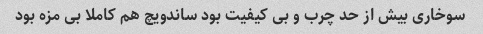
سوخاری بیش از حد چرب و بی کیفیت بود ساندویچ هم کاملا بی مزه بود